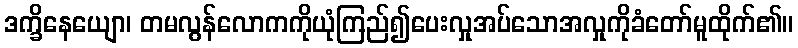
ဒက္ခိနေယျော၊ တမလွန်လောကကိုယုံကြည်၍ပေးလှုအပ်သောအလှုကိုခံတော်မူထိုက်၏။